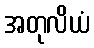
အတုလိယံ